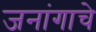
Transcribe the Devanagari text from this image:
जनांगाचे